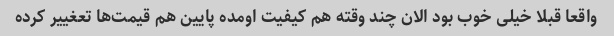
واقعا قبلا خیلی خوب بود الان چند وقته هم کیفیت اومده پایین هم قیمت‌ها تعغییر کرده